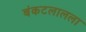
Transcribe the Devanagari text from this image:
बंकटलालला